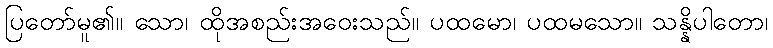
ပြတော်မူ၏။ သော၊ ထိုအစည်းအဝေးသည်။ ပထမော၊ ပထမသော။ သန္နိပါတော၊